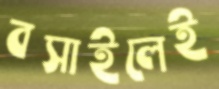
বসাইলেই